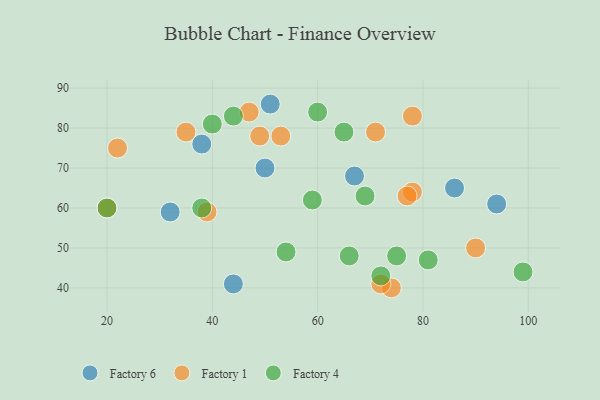
{"axis": {"x": "GDP", "y": "Life Expectancy"}, "legend": ["Factory 1", "Factory 4", "Factory 6"], "data": [{"x": "38", "y": 76, "type": "Factory 6"}, {"x": "51", "y": 86, "type": "Factory 6"}, {"x": "32", "y": 59, "type": "Factory 6"}, {"x": "86", "y": 65, "type": "Factory 6"}, {"x": "50", "y": 70, "type": "Factory 6"}, {"x": "44", "y": 41, "type": "Factory 6"}, {"x": "67", "y": 68, "type": "Factory 6"}, {"x": "94", "y": 61, "type": "Factory 6"}, {"x": "74", "y": 40, "type": "Factory 1"}, {"x": "47", "y": 84, "type": "Factory 1"}, {"x": "90", "y": 50, "type": "Factory 1"}, {"x": "22", "y": 75, "type": "Factory 1"}, {"x": "78", "y": 64, "type": "Factory 1"}, {"x": "77", "y": 63, "type": "Factory 1"}, {"x": "20", "y": 60, "type": "Factory 1"}, {"x": "39", "y": 59, "type": "Factory 1"}, {"x": "72", "y": 41, "type": "Factory 1"}, {"x": "71", "y": 79, "type": "Factory 1"}, {"x": "53", "y": 78, "type": "Factory 1"}, {"x": "49", "y": 78, "type": "Factory 1"}, {"x": "35", "y": 79, "type": "Factory 1"}, {"x": "78", "y": 83, "type": "Factory 1"}, {"x": "75", "y": 48, "type": "Factory 4"}, {"x": "20", "y": 60, "type": "Factory 4"}, {"x": "60", "y": 84, "type": "Factory 4"}, {"x": "59", "y": 62, "type": "Factory 4"}, {"x": "69", "y": 63, "type": "Factory 4"}, {"x": "65", "y": 79, "type": "Factory 4"}, {"x": "44", "y": 83, "type": "Factory 4"}, {"x": "99", "y": 44, "type": "Factory 4"}, {"x": "81", "y": 47, "type": "Factory 4"}, {"x": "66", "y": 48, "type": "Factory 4"}, {"x": "38", "y": 60, "type": "Factory 4"}, {"x": "72", "y": 43, "type": "Factory 4"}, {"x": "54", "y": 49, "type": "Factory 4"}, {"x": "40", "y": 81, "type": "Factory 4"}]}